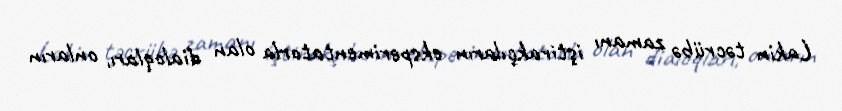
Lakin təcrübə zamanı iştirakçıların eksperimentatorla olan dialoqları, onların